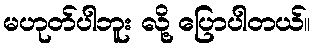
မဟုတ်ပါဘူး လို့ ပြောပါတယ်။